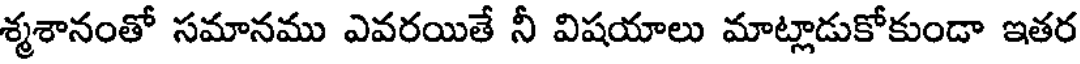
శ్మశానంతో సమానము ఎవరయితే నీ విషయాలు మాట్లాడుకోకుండా ఇతర